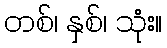
တစ်၊ နှစ်၊ သုံး။